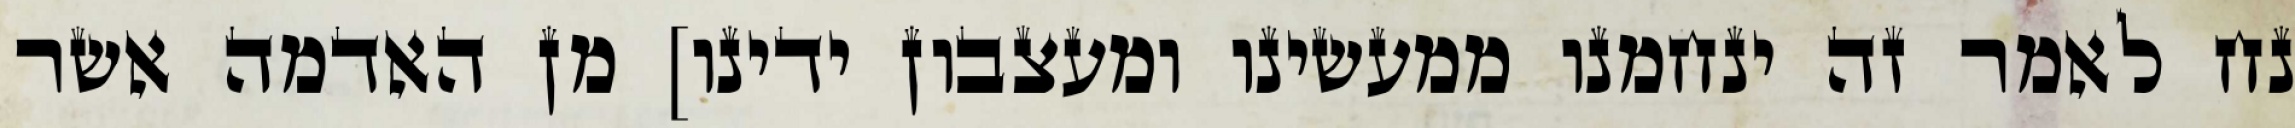
נח לאמר זה ינחמנו ממעשינו ומעצבון ידינו] מן האדמה אשר